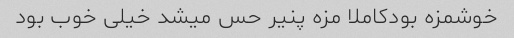
خوشمزه بودکاملا مزه پنیر حس میشد خیلی خوب بود